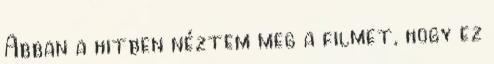
Abban a hitben néztem meg a filmet, hogy ez